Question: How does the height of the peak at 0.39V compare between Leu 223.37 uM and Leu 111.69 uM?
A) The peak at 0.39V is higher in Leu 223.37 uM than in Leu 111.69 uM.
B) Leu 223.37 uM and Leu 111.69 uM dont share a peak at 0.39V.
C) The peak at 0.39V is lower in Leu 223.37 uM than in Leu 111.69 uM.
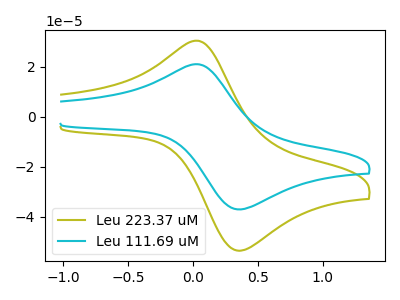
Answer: <think>The olive curve "Leu 223.37 uM" has an anodic peak at (0.05V, 30.50uA) and a cathodic peak at (0.40V, -53.35uA). The cyan curve "Leu 111.69 uM" has an anodic peak at (0.05V, 21.10uA) and a cathodic peak at (0.40V, -36.90uA).</think>
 <answer>A) The peak at 0.39V is higher in "Leu 223.37 uM" than in "Leu 111.69 uM".</answer>
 <eval>A</eval>